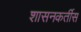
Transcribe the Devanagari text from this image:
शासनकर्तीस